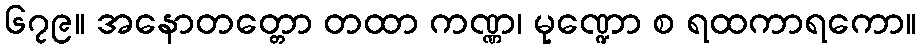
၆၇၉။ အနောတတ္တော တထာ ကဏ္ဏ၊ မုဏ္ဍော စ ရထကာရကော။